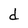
Character: d